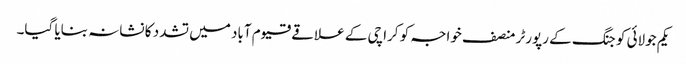
یکم جولائی کو جنگ کے رپورٹر منصف خواجہ کو کراچی کے علاقے قیوم آباد میں تشدد کا نشانہ بنایا گیا۔